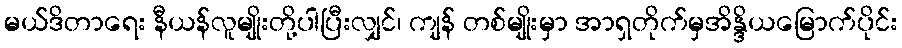
မယ်ဒိတာရေး နီယန်လူမျိုးတို့ပါပြီးလျှင်၊ ကျန် တစ်မျိုးမှာ အာရှတိုက်မှအိန္ဒိယမြောက်ပိုင်း